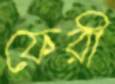
ফেরী